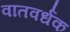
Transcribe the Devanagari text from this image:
वातवर्धक